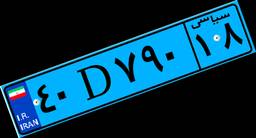
۴۰D۷۹۰۱۸